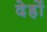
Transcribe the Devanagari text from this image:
देह्रों